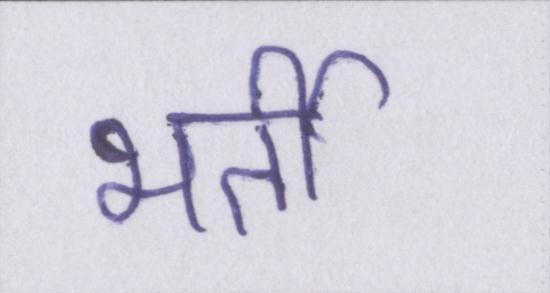
भर्ती